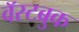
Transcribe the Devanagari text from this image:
वॅस्टब्रुक